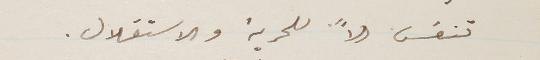
تنفس الاً للحرية والاستقلال.